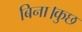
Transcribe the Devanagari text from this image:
बिना।कुछ